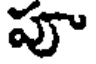
పూ